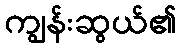
ကျွန်းဆွယ်၏